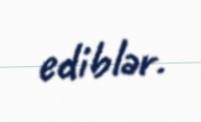
ediblər.